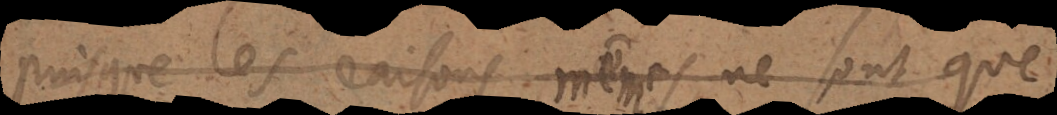
puisque les raisons mêmes ne sont que